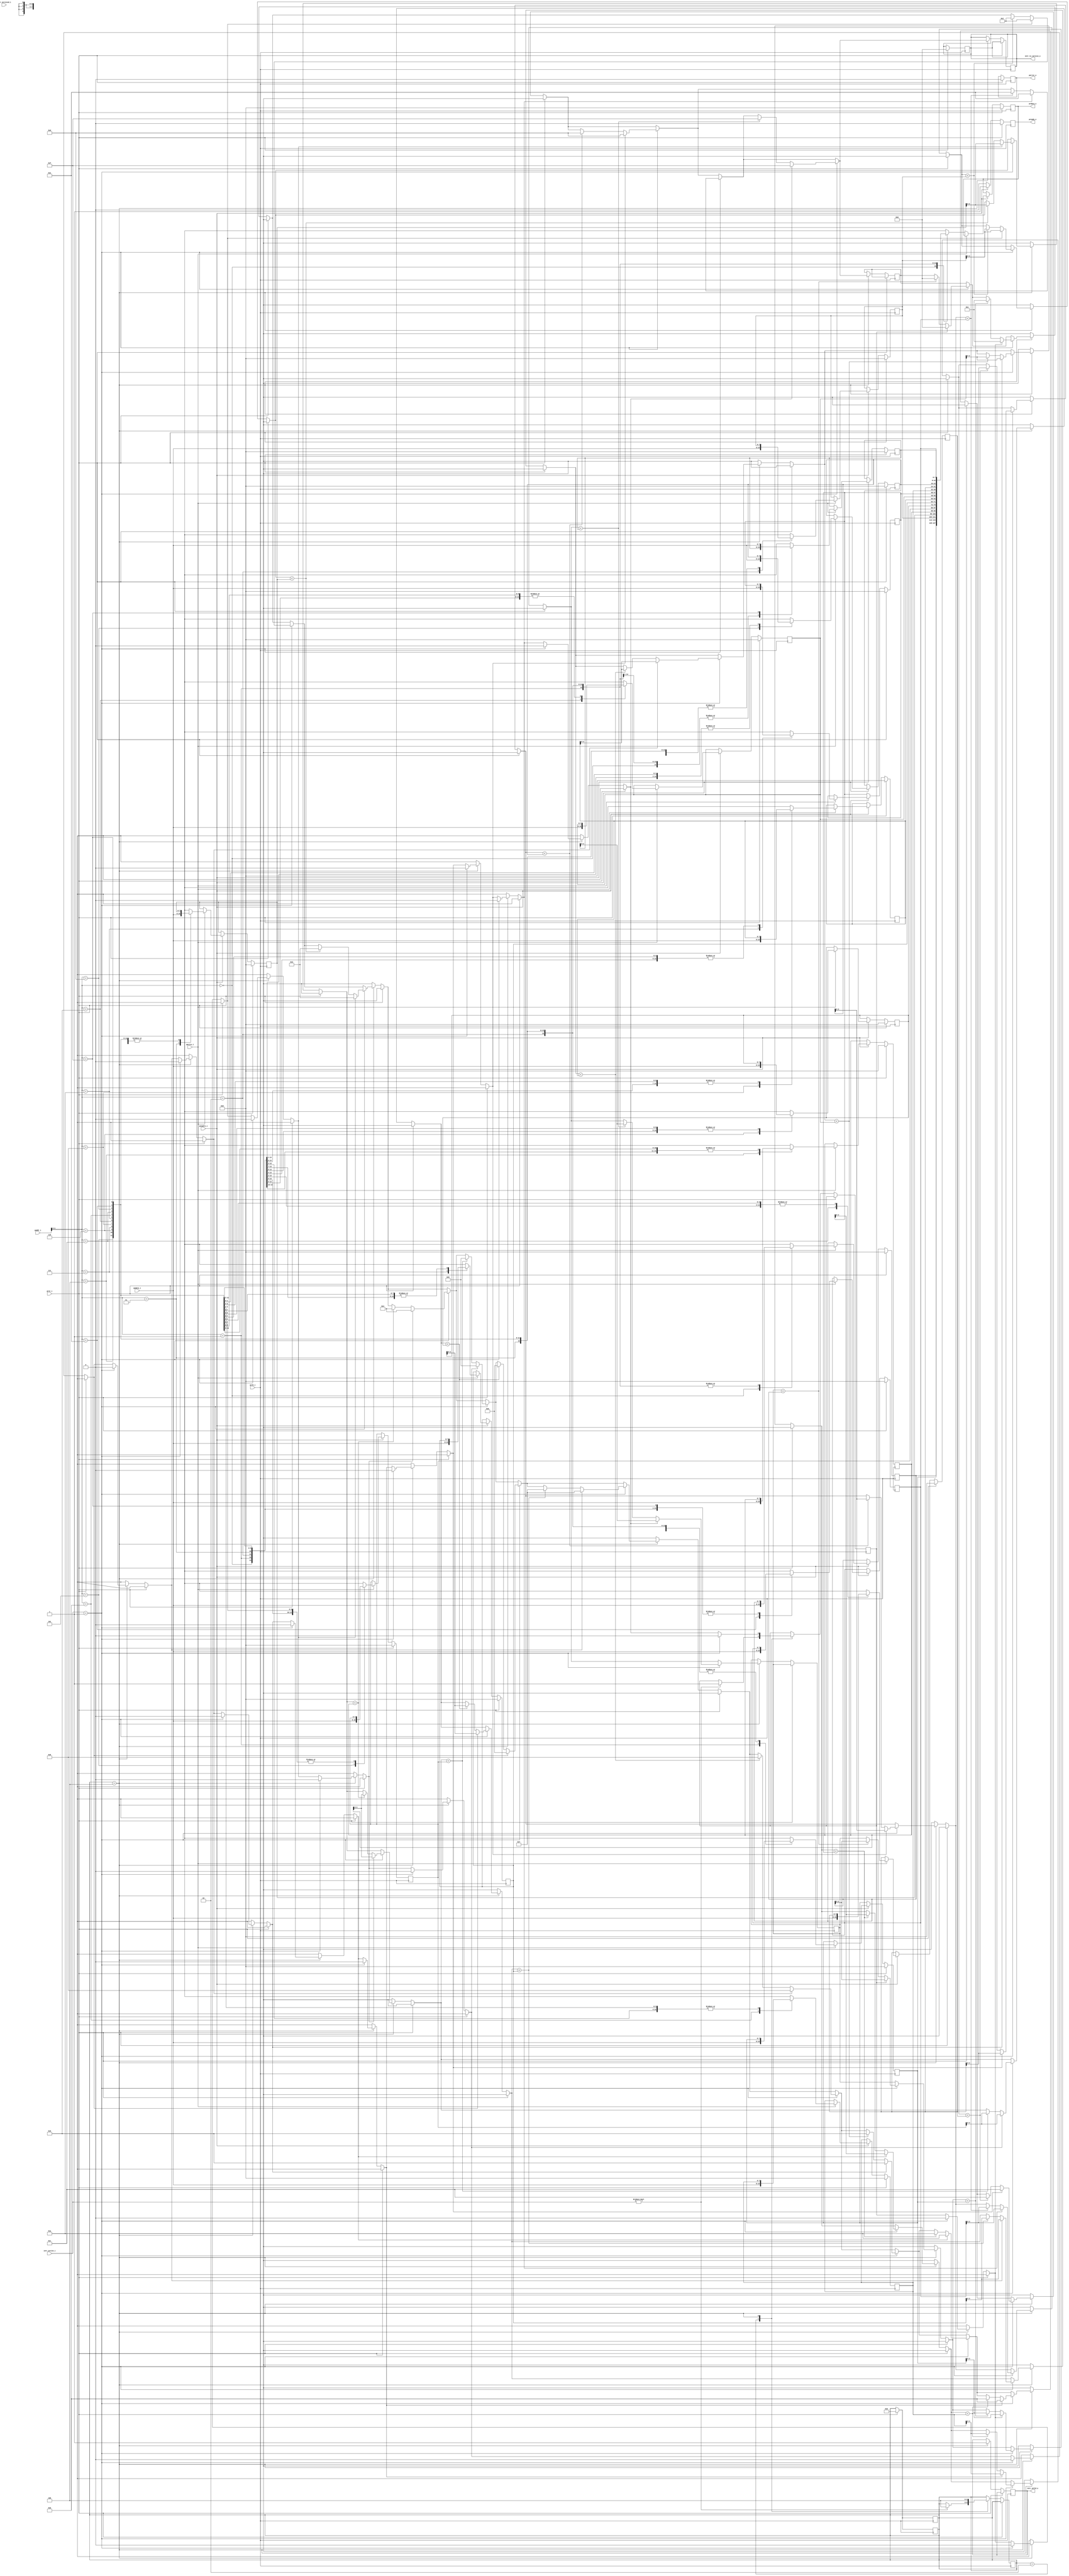
module intr_ctrl(pclk_i,
                 prst_i,
                 paddr_i,
                 pwdata_i,
                 prdata_o,
                 pwrite_i,
                 penable_i,
                 pready_o,
                 perror_o,
                 intr_to_service_o,
                 intr_serviced_i,
                 intr_valid_o,
                 intr_active_i);
    
    //p means APB signals (from processor)
    
    parameter NUM_INTR                   = 16; //number of peripherals
    parameter S_NO_INTR                  = 3'b010;
    parameter S_INTR_ACTIVE              = 3'b100;
    parameter S_INTR_WAITING_FOR_SERVICE = 3'b100;
    
    input pclk_i, prst_i, pwrite_i, penable_i, intr_serviced_i;
    input [7:0] paddr_i, pwdata_i;
    input [15:0] intr_active_i;
    
    output reg [7:0] prdata_o;
    output reg [3:0] intr_to_service_o; //16 peripherals NUM_INTR = 16, so we need 4 bits
    output reg pready_o, perror_o, intr_valid_o;
    
    integer i;
    //registers
    reg [7:0] priority_regA[NUM_INTR-1:0];
    reg [2:0] state, next_state;
    reg first_match_f;
    reg [3:0] current_high_prio;
    reg [3:0] intr_with_high_prio;
    
    //registers programming (same as memory write and read)
    always@(posedge pclk_i) begin
        if (prst_i == 1) begin
            //make all reg variable as zero
            prdata_o          = 0;
            intr_to_service_o = 0;
            pready_o          = 0;
            perror_o          = 0;
            for(i = 0; i <NUM_INTR; i = i+1) begin
                priority_regA[i] = 0;
            end
            state      = S_NO_INTR;
            next_state = S_NO_INTR;
            
        end
        else begin
            if (penable_i == 1) begin
                pready_o = 1;
                if (pwrite_i == 1) begin
                    priority_regA[paddr_i] = pwdata_i;
                end
                else begin
                    prdata_o = priority_regA[paddr_i];
                end
            end
            else begin
                pready_o = 0;
            end
        end
    end
    
    //interrupt handling
    always@(posedge pclk_i) begin
        if (prst_i!= 1) begin
            case(state)
                
                S_NO_INTR: begin
                    //from FSM
                    if (intr_active_i != 0) begin
                        next_state = S_INTR_ACTIVE;
                        first_match_f = 1;
                    end
                end
                
                S_INTR_ACTIVE: begin
                    //what to do when we are in this state?
                    //get the highest priority interrupt among all the active interrupt
                    for(i = 0;i<NUM_INTR;i = i+1) begin
                        if (intr_active_i == 1) begin
                            if (first_match_f == 1) begin
                                current_high_prio   = priority_regA[i];
                                intr_with_high_prio = i;
                                first_match_f       = 0;
                            end
                            else begin
                                if (current_high_prio <priority_regA[i]) begin
                                    current_high_prio   = priority_regA[i];
                                    intr_with_high_prio = i;
                                end
                            end
                        end
                    end
                    //current_high_prio and intr_with_high_prio will be available after the end of for loop
                    
                    intr_to_service_o = intr_with_high_prio;
                    intr_valid_o      = 1;
                    next_state        = S_INTR_WAITING_FOR_SERVICE;
                    
                    //give it to the processor(interrupt with highest priority), then jumpt to next state i.e. wating for it to get services
                end
                
                S_INTR_WAITING_FOR_SERVICE: begin
                    if (intr_serviced_i == 1) begin
                        intr_to_service_o = 0;
                        intr_valid_o      = 0;
                        if (intr_active_i != 0) begin
                            next_state = S_INTR_ACTIVE;
                            first_match_f = 1;
                        end
                        
                        else begin
                            next_state = S_NO_INTR;
                        end
                    end
                end
                
                
            endcase
            
        end
        
    end
    
     always @(next_state) begin
        state = next_state;
        end
    
endmodule